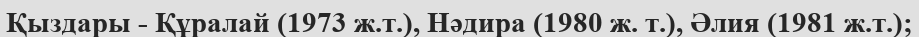
Қыздары - Құралай (1973 ж.т.), Нәдира (1980 ж. т.), Әлия (1981 ж.т.);